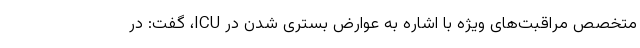
متخصص مراقبت‌های ویژه با اشاره به عوارض بستری شدن در ICU، گفت: در